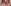
Text: y0